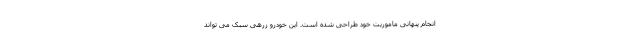
انجام پنهانی ماموریت خود طراحی شده است. این خودرو زرهی سبک می تواند